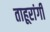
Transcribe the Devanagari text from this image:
ताहूरांगी